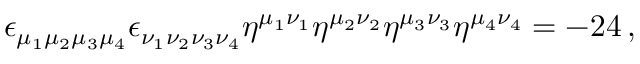
\epsilon _ { \mu _ { 1 } \mu _ { 2 } \mu _ { 3 } \mu _ { 4 } } \epsilon _ { \nu _ { 1 } \nu _ { 2 } \nu _ { 3 } \nu _ { 4 } } \eta ^ { \mu _ { 1 } \nu _ { 1 } } \eta ^ { \mu _ { 2 } \nu _ { 2 } } \eta ^ { \mu _ { 3 } \nu _ { 3 } } \eta ^ { \mu _ { 4 } \nu _ { 4 } } = - 2 4 \, ,